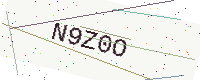
Text: N9Z0O